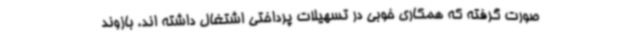
صورت گرفته که همکاری خوبی در تسهیلات پرداختی اشتغال داشته اند. بازوند